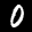
Label: 0